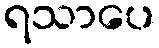
ရသာပေ